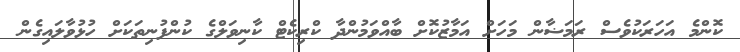
ކޮންމެ އަހަރަކުވެސް ރަމަޟާން މަހަށް އަމާޒުކޮށް ބާއްވަމުންދާ ކްރިކެޓް ކާނިވަލްގެ ކުންފުނިތަކަށް ހުޅުވާލައިގެން